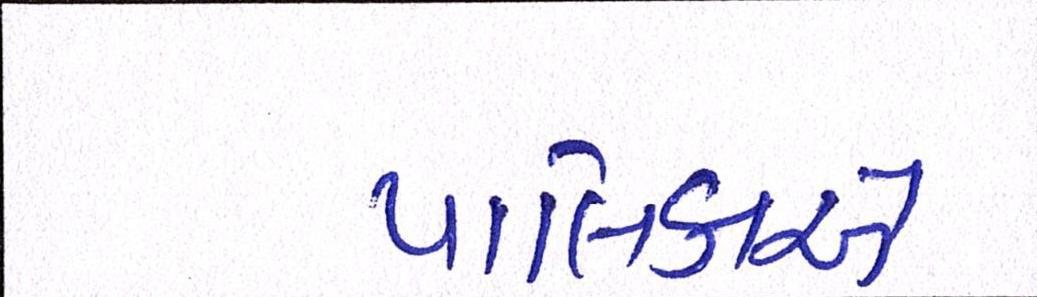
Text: પાલિકાએ